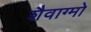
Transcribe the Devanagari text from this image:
शैवाग्मो